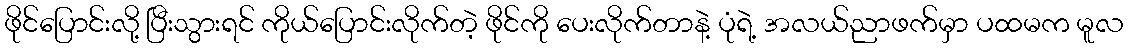
ဖိုင်ပြောင်းလို့ ပြီးသွားရင် ကိုယ်ပြောင်းလိုက်တဲ့ ဖိုင်ကို ပေးလိုက်တာနဲ့ ပုံရဲ့ အလယ်ညာဖက်မှာ ပထမက မူလ